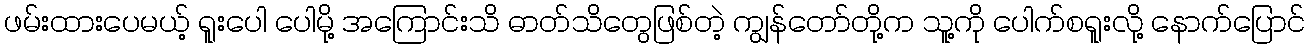
ဖမ်းထားပေမယ့် ရူးပေါ ပေါမို့ အကြောင်းသိ ဓာတ်သိတွေဖြစ်တဲ့ ကျွန်တော်တို့က သူ့ကို ပေါက်စရူးလို့ နောက်ပြောင်